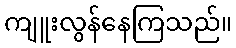
ကျူးလွန်နေကြသည်။